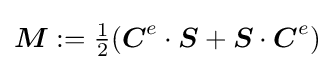
{\boldsymbol {M}}:={\tfrac {1}{2}}({\boldsymbol {C}}^{e}\cdot {\boldsymbol {S}}+{\boldsymbol {S}}\cdot {\boldsymbol {C}}^{e})